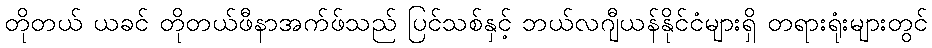
တိုတယ် ယခင် တိုတယ်ဖီနာအက်ဖ်သည် ပြင်သစ်နှင့် ဘယ်လဂျီယန်နိုင်ငံများရှိ တရားရုံးများတွင်